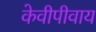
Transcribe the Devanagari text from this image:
केवीपीवाय